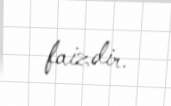
faizdir.